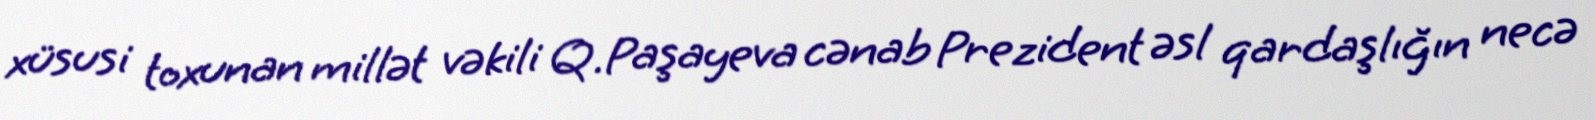
xüsusi toxunan millət vəkili Q.Paşayeva cənab Prezident əsl qardaşlığın necə